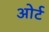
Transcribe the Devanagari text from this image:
ओर्ट